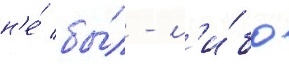
н'е́ бы́л - л'и́бо